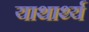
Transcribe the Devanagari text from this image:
याथार्थ्य